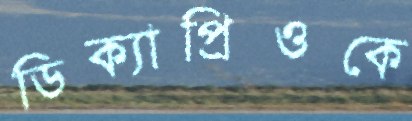
ডিক্যাপ্রিওকে